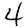
Digit: 4